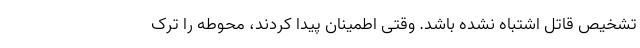
تشخیص قاتل اشتباه نشده باشد. وقتی اطمینان پیدا کردند، محوطه را ترک